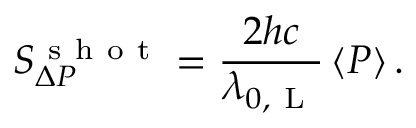
S _ { \Delta P } ^ { \mathrm { ~ s ~ h ~ o ~ t ~ } } = \frac { 2 h c } { \lambda _ { 0 , \mathrm { ~ L ~ } } } \left< P \right> .